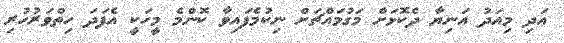
އަދި މިއަދު އަނިޔާ ދެކޮޅަށް މަގުމައްޗަށް ނިކުމެފައިވާ ކޮންމެ މީހަކީ އެފަދަ ހިތްވަރުހުރި